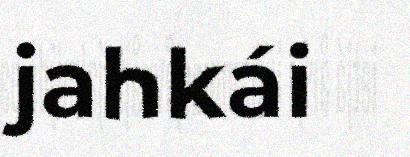
jahkái